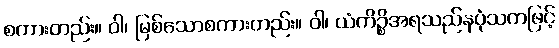
စကားတည်း။ ဝါ၊ မြစ်သောစကားတည်း။ ဝါ၊ ယံကိဉ္စိအရသည်နပုံသကဖြင့်